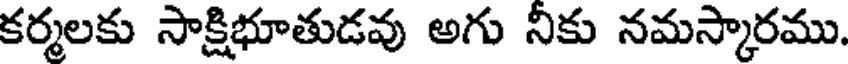
కర్మలకు సాక్షిభూతుడవు అగు నీకు నమస్కారము.